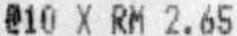
@10 X RM 2.65